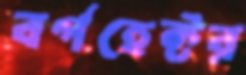
বর্গহেক্টর